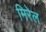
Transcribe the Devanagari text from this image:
मिरेल